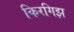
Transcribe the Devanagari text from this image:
किरगिझ